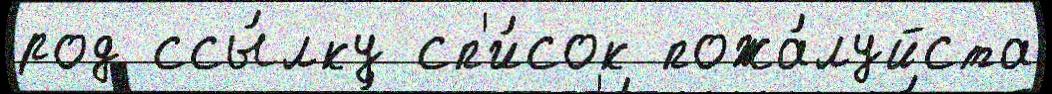
род ссы́лку сп'и́сок пожа́луйста